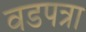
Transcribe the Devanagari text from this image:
वडपत्रा